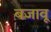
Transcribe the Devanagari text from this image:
बजावू